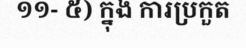
១១- ៥) ក្នុង ការប្រកួត